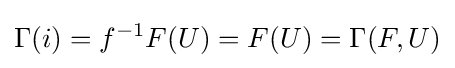
\Gamma (i)=f^{-1}F(U)=F(U)=\Gamma (F,U)